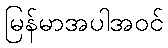
မြန်မာအပါအဝင်